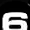
Digit: 6